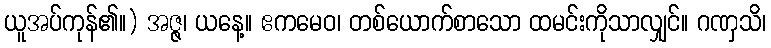
ယူအပ်ကုန်၏။) အဇ္ဇ၊ ယနေ့။ ဧကမေဝ၊ တစ်ယောက်စာသော ထမင်းကိုသာလျှင်။ ဂဏှသိ၊